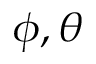
\phi , \theta